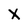
Character: X